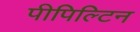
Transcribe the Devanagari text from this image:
पीपिल्टिन